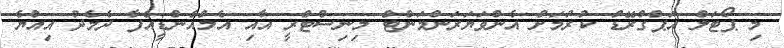
މި ޕޯޓަލް އަޕްގްރޭޑް ކުރުމަށް އެންވަޔަރަންމަންޓް މިނިސްޓްރީ އާއި އެމްއެންޑީއެފާ ދެމެދު އިއްޔެ